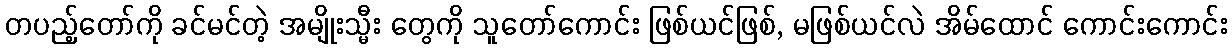
တပည့်တော်ကို ခင်မင်တဲ့ အမျိုးသ္မီး တွေကို သူတော်ကောင်း ဖြစ်ယင်ဖြစ်, မဖြစ်ယင်လဲ အိမ်ထောင် ကောင်းကောင်း